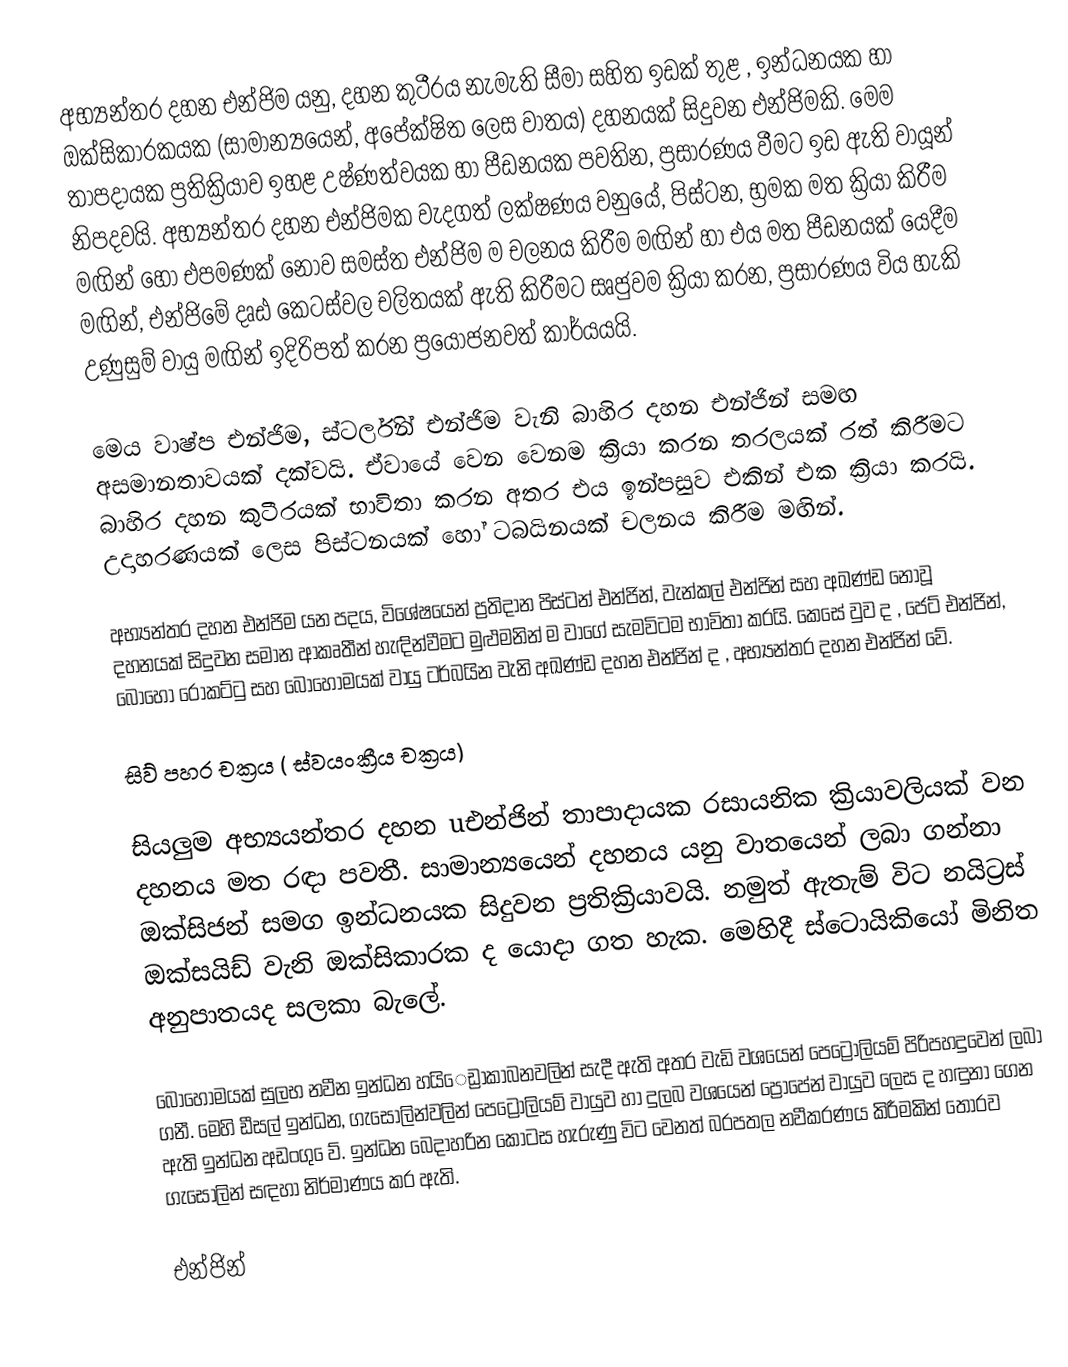
අභ්‍යන්තර දහන එන්ජිම යනු, දහන කුටීරය නැමැති සීමා සහිත ඉඩක් තුළ , ඉන්ධනයක හා ඔක්සිකාරකයක (සාමාන්‍යයෙන්, අපේක්ෂිත ලෙස වාතය) දහන‍යක් සිදුවන එන්ජිමකි. මෙම තාපදායක ප්‍රතික්‍රියාව ඉහළ උෂ්ණත්වයක හා පීඩනයක පවතින, ප්‍රසාරණය වීමට ඉඩ ඇති වායූන් නිපදවයි. අභ්‍යන්තර දහන එන්ජිමක වැදගත් ලක්ෂණය වනුයේ, පිස්ටන, භ්‍රමක මත ක්‍රියා කිරීම මඟින් හෝ එපමණක් නොව සමස්ත එන්ජිම ම චලනය කිරීම මඟින් හා එය මත පීඩනයක් යෙදීම මඟින්, එන්ජිමේ දෘඪ කෙටස්වල චලිතයක් ඇති කිරීමට සෘජුවම ක්‍රියා කරන, ප්‍රසාරණය විය හැකි උණුසුම් වායු මඟින් ඉදිරිපත් කරන ප්‍රයෝජනවත් කාර්යයයි.

මෙය වාෂ්ප එන්ජිම, ස්ටර්ලින් එන්ජිම වැනි බාහිර දහන එන්ජින් සමඟ අසමානතාවයක් දක්වයි. ඒවායේ වෙන වෙනම ක්‍රියා කරන තරලයක් රත් කිරීමට බාහිර දහන කුටීරයක් භාවිතා කරන අතර එය ඉන්පසුව එකින් එක ක්‍රියා කරයි. උදාහරණයක් ලෙස පිස්ටනයක් හෝ ටබයිනයක් චලනය කිරීම මඟින්.

අභ්‍යන්තර දහන එන්ජිම යන පදය, විශේෂයෙන් ප්‍රතිදාන පිස්ටන් එන්ජින්, වැන්කල් එන්ජින් සහ අඛණ්ඩ නොවූ දහනයක් සිදුවන සමාන ආකෘතීන් හැඳින්වීමට මුළුමනින් ම වාගේ සැමවිටම භාවිතා කරයි. කෙසේ වුව ද , ජෙට් එන්ජින්, බොහෝ රොකට්ටු සහ බොහොමයක් වායු ටර්බයින වැනි අඛණ්ඩ දහන එන්ජින් ද , අභ්‍යන්තර දහන එන්ජින් වේ.

සිව්‍ පහර චක්‍රය ( ස්වයංක්‍රීය චක්‍රය)

සියලුම අභ්‍යයන්තර දහන uඑන්ජින් තාපාද‍ායක රසායනික ක්‍රියාවලියක් වන දහනය මත රඳා පවතී. සාමාන්‍යයෙන් දහනය යනු වාතයෙන් ලබා ගන්නා ඔක්සිජන් සමග ඉන්ධනයක සිදුවන ප්‍රතික්‍රියාවයි. නමුත් ඇතැම්‍ විට නයිට්‍රස් ඔක්සයිඩ්‍ වැනි ඔක්සිකාරක ද යොදා ගත හැක. මෙහිදී ස්ටොයිකියෝ මිනිත අනුපාතයද සලකා බැලේ.

බොහොමයක් සුලභ නවීන ඉන්ධන හයි‍ෙඩ්‍රාකාබනවලින් සැදී ඇති අතර වැඩි වශයෙන් පෙට්‍රෝලියම්‍ පිරිපහදුවෙන් ලබා ගනී. මෙහි ඩීසල් ඉන්ධන, ගැසෝලින්වලින් පෙට්‍රෝලියම්‍ වායුව හා දුලබ වශයෙන් ප්‍රොපේන් වායුව ලෙස ද හඳුනා ගෙන ඇති ඉන්ධන අඩංගු ‍ෙව්‍. ඉන්ධන බෙද‍ාහරින කොටස හැරුණු විට වෙනත් බරපතල නවීකරණය‍ කිරීමකින් තොරව ගැසොලින් සඳහා නිර්මාණය කර ඇති.

එන්ජින්